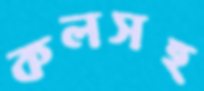
কলসহ